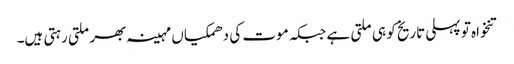
تنخواہ تو پہلی تاریخ کو ہی ملتی ہے جبکہ موت کی دھمکیاں مہینہ بھر ملتی رہتی ہیں۔